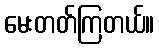
မေးတတ်ကြတယ်။